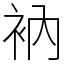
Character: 衲